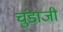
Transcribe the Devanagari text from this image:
चुंडाजी